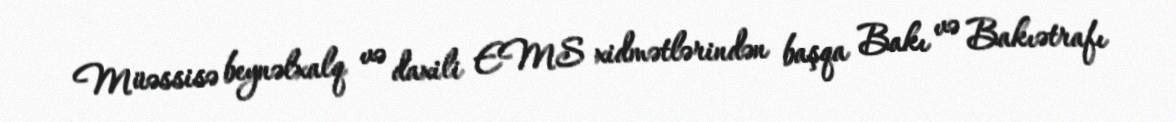
Müəssisə beynəlxalq və daxili EMS xidmətlərindən başqa Bakı və Bakıətrafı